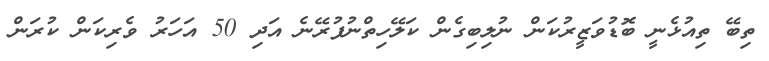
ތިބޭ ތިއުޅެނީ ބޮޑުވަޒީރުކަން ނުލިބިގެން ކަލޭހިތްނުފުރޭނެ އަދި 50 އަހަރު ވެރިކަން ކުރަން